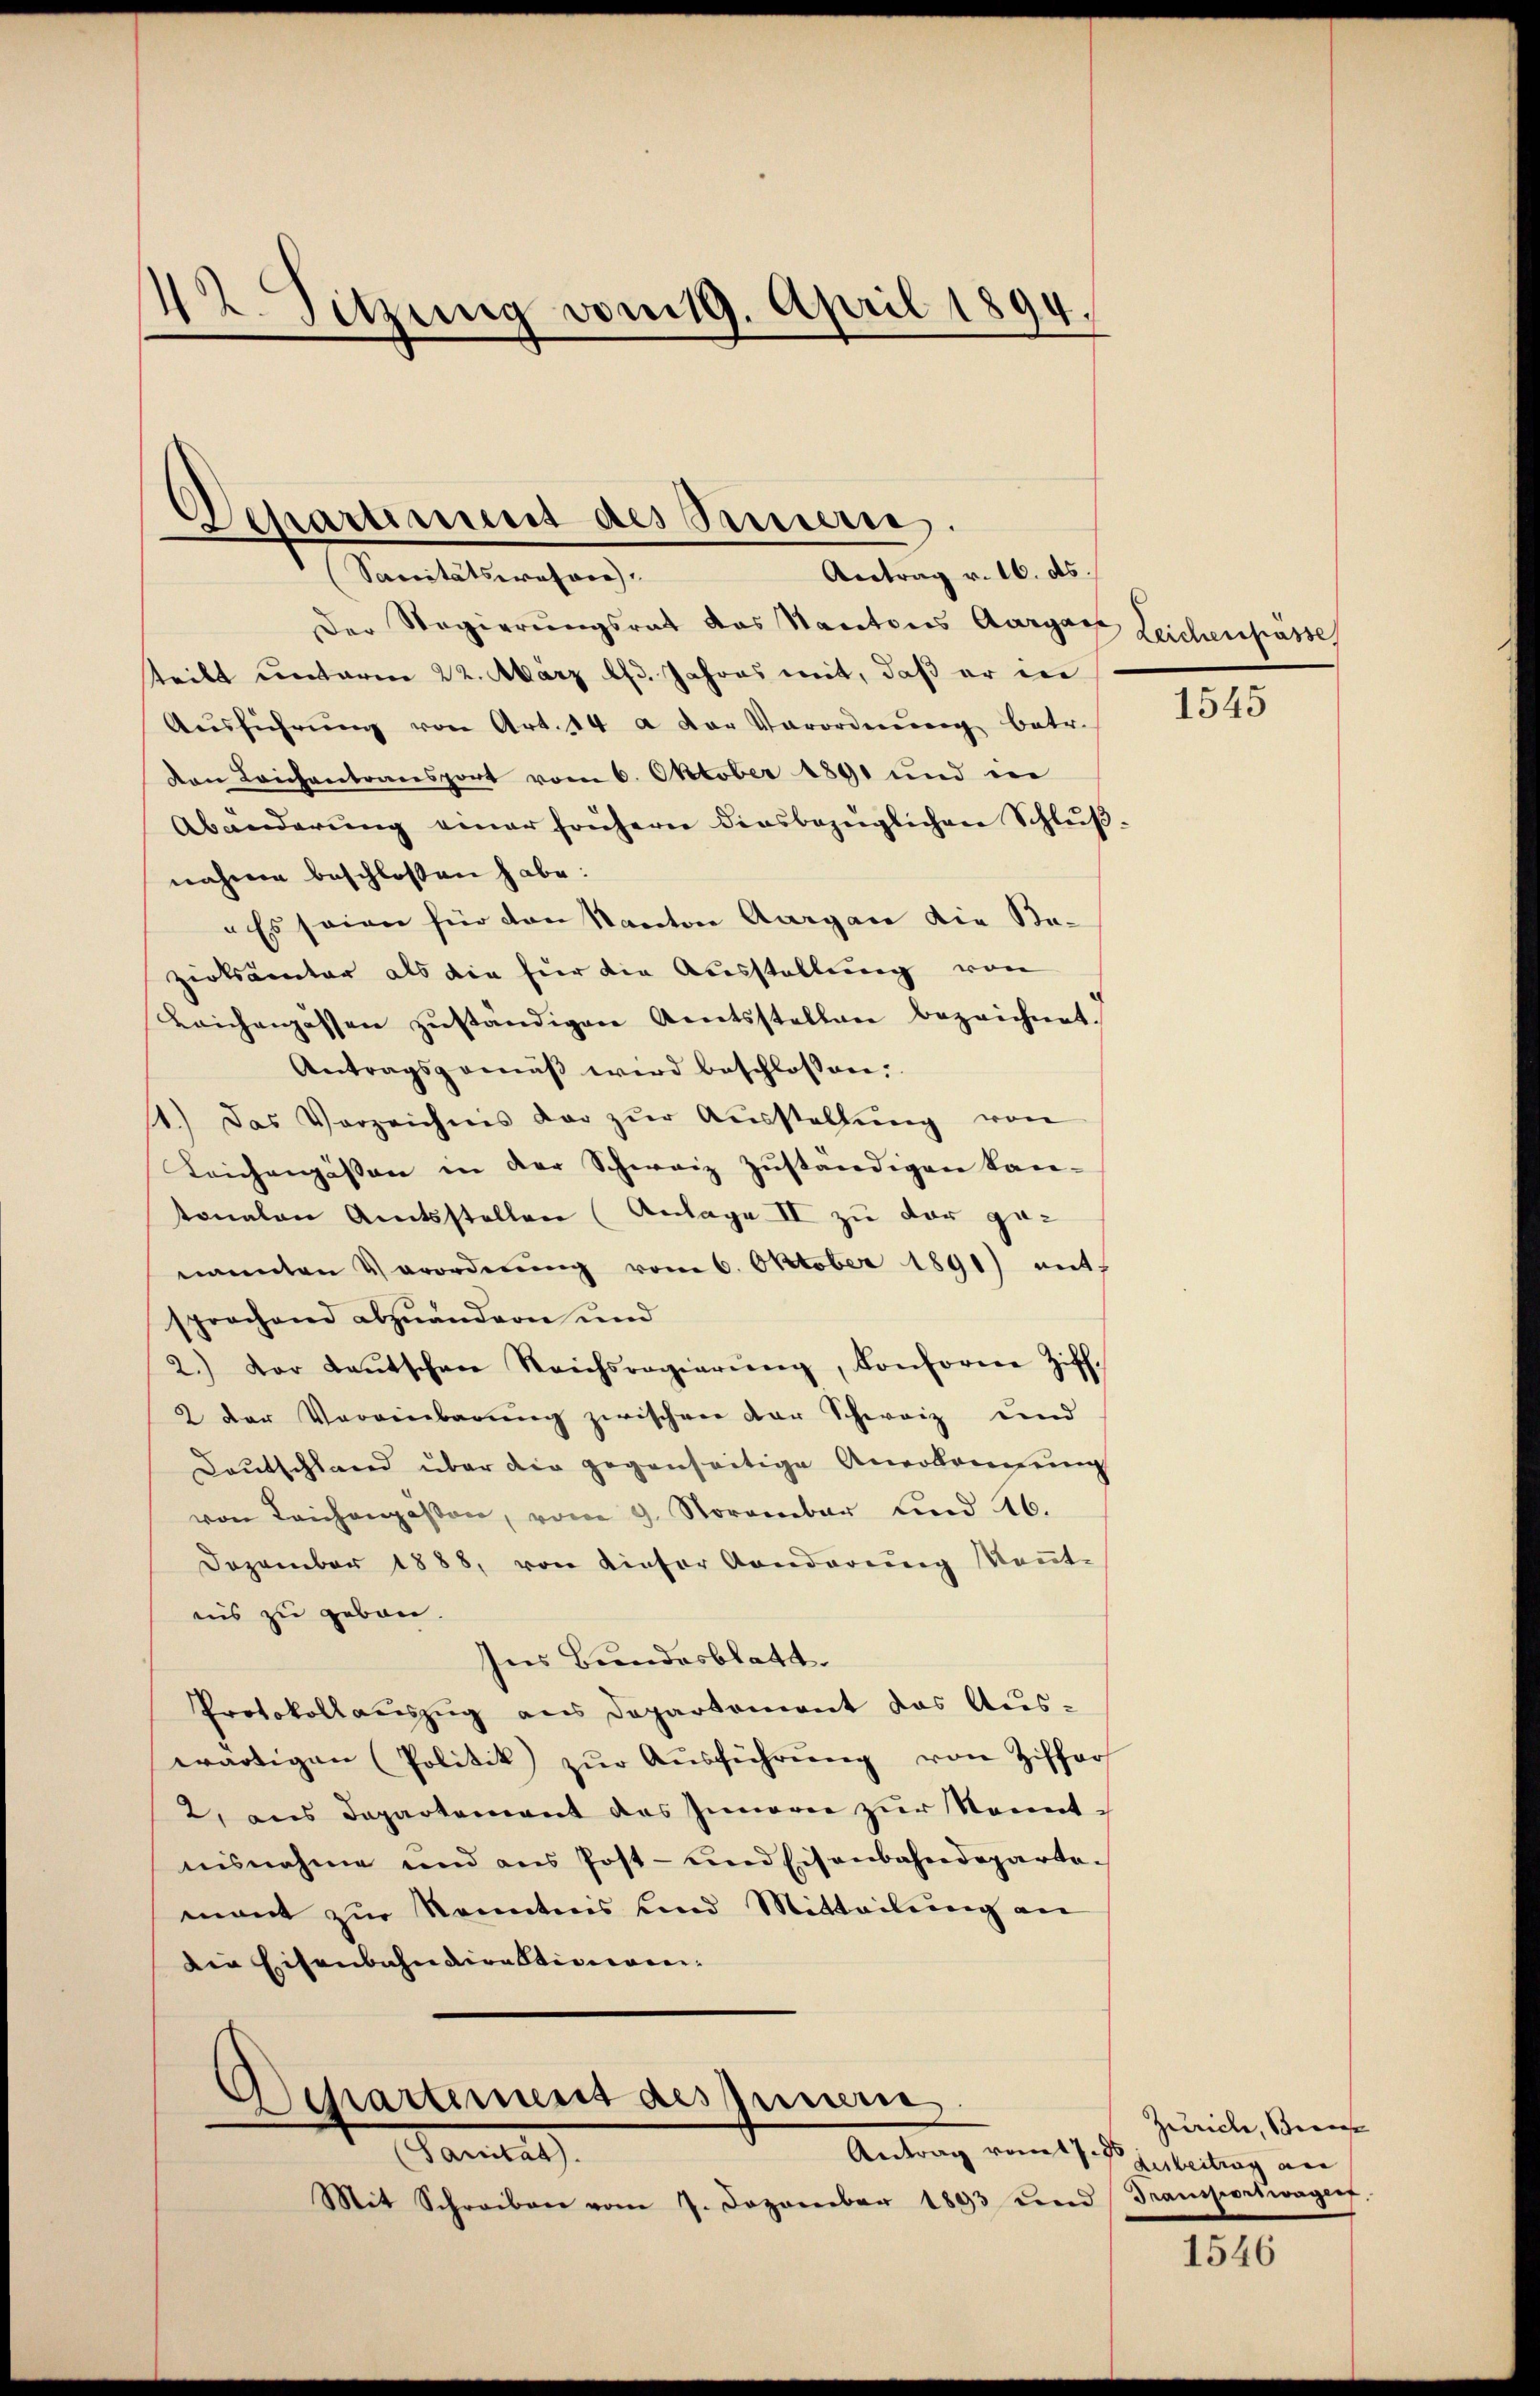
42. Sitzung vom 19. April 1894.

Departement des Sinnern.
Antrag v. 16. ds.
(Sanitätswohner,

Der Regierungsrat das Kantons Aargau
teibt unterm 22. März lfd. Jahres mit, daß er in
Aŭsführŭng von Art. 14 a der Verordnŭng betr.
den Leichentransport vom 6. Oktober 1891 und in
Abänderŭng einer frühern diesbezüglichen Schlŭβ
nähmen beschlossen habe:
"Es seien für den Kanton Aargau die Bezirksamter als die für die Ausstellung von
Laichengassen zŭständigen Amtsstellen bezeichnet.
Antragsgemäβ wird beschlossen:
1.) Das Vorzeichnis dar zŭr Aŭsstellŭng von
Leichengassen in der Schweiz zŭständigen kan-
tonalen Amtsstellen (Anlage II zu der ge-
nannten Verordnŭng vom 6. Oktober 1891) mit
sprochend abzuändern und
2.) Der Leŭtschen Reichsregierŭng, Konsoren Ziff.
2 der Vereinbarŭng zwischen der Schweiz und
Deutschland über die gegenseitige Anerkennung
von Leichenpassen, vom 9. November und 16.
Dezember 1888, von dieser Aenderung Kennt-
nis zu gebou.
Ins Bundesblatt.
Protokollauszug aus Departement das Auswärtigen (Politik zŭr Aŭsführŭng von Ziffer
2. aus Departement des Innern zŭr Kenntnisnahme und aus Post- und Eisenbahndepartemant zŭr Kenntnis und Mitteilung an
Ain Eisenbahndirektionomi¬
Separtemens des Innern
Tanten
Antrag vom 17. ds Gerbeitrag an
Mit Schreiben vom 7. Dezember 1893 und (Transportwagerf

Leichenpasse

1545

Zürich, Bern

1546